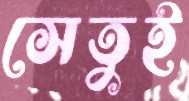
সেতুই